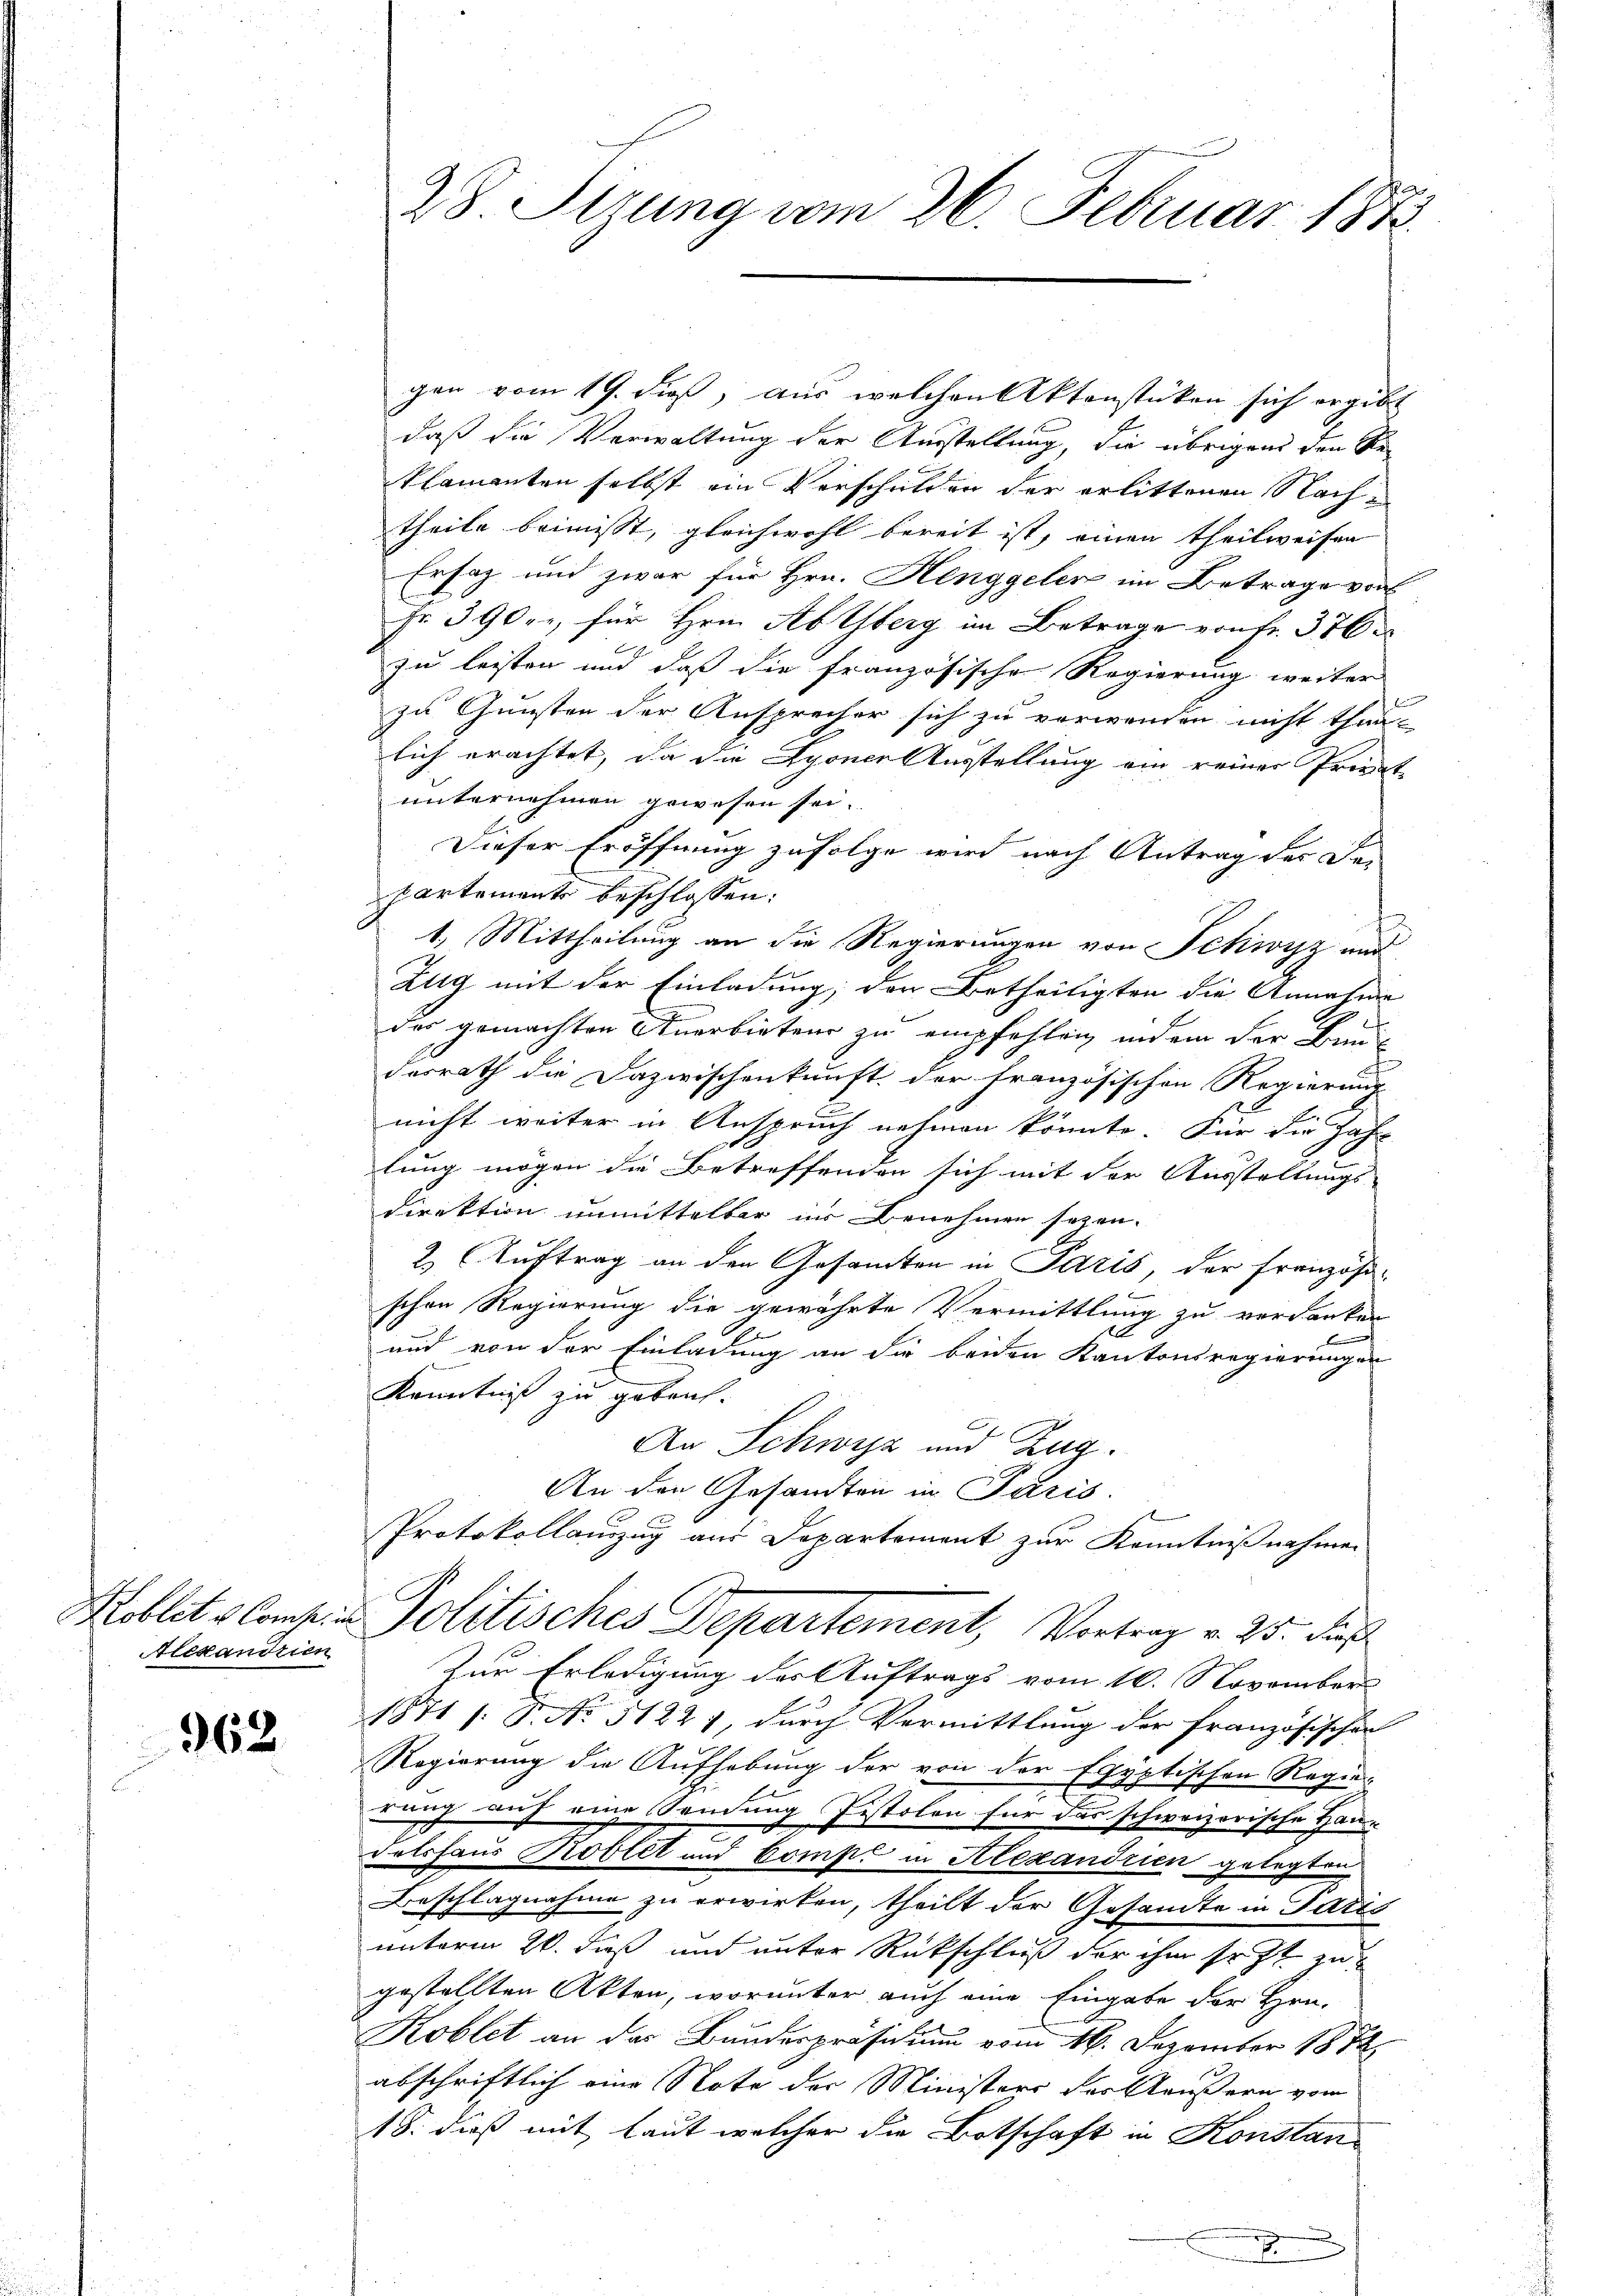
Alexandrien

362.

gen vom 19. dieß, aus welchen Aktenstücken sich ergibt
daß die Verwaltung der Ausstellung, die übrigens den Se-
klamanten selbst ein Verschulden der erlittenen Nachtheile beimisst, gleichwohl bereit ist, einen theilweisen
Ersatz und zwar für Hrn. Henggelen im Betrage vor
Fr. 390rr, für Hrn. Ab Yberg im Betrage von Fr. 376
zu leisten und daß die französische Regierung weiter
zu Gunsten der Ansprecher sich zu verwenden nicht thun.
lich erachtet, da die Lyoner Ausstellung ein reiner Private
unternehmen gewesen sei.
Dieser Eröffnung zufolge wird nach Antrag der Dan
kartemente beschlossen:
1) Mittheilung an die Regierungen von Schwyz und
Zug mit der Einladung, der Betheiligten die Annahme
das gemachten Anerbietens zu empfehlen indem der Bau-
desrath die Dazwischenkunft der Französischen Regierung
nicht weiter in Anspruch nehmen könnte. Für die Jahr
lung mögen die Betreffenden sich mit der Ausstaltungs-
direktion unmittelbar in Benehmen seyen.
2 (Auftrag an den Gesamten in Paris, der Französi-
schen Regierung die gewährte Vermittlung zu verdanken
und von der Einladung an die beiden Kantonsregierungen
Kenntniß zu gebruch.
An Schwyz und Zug.
An den Gesandten in Paris.
Protokollauszug aus Departement zur Kenntnißnahmen
Koblitz Comp. Politisches Departement, Vortrag v. 25. dies
Zur Erledigung des Auftrags vom 10. November
1871 /: P. No 51221, durch Vermittlung der französischen
Regierung die Aufhebung der von der Egyptischen Regier
rung auf eine Sendung histolen für das schweizerische Haus
dalshaus Koblet und Compe in Alexandrien gelegten
Beschlagnahme zu erwirken, theilt der Gesandte in Paris
unterm 20. Fuß und unter Rückschluß der ihm sr. Zt. zugestellten Akten, worunter auch eine Eingabe der Hrn.
Koblet an der Bunderpräsidium vom 16. Dezember 1872
abschriftlich eine Note der Ministers der Käußern vom
18. dieß mit laut welcher die Botschaft in Konstan¬

8 Tirung vom 26. Februar 1873.